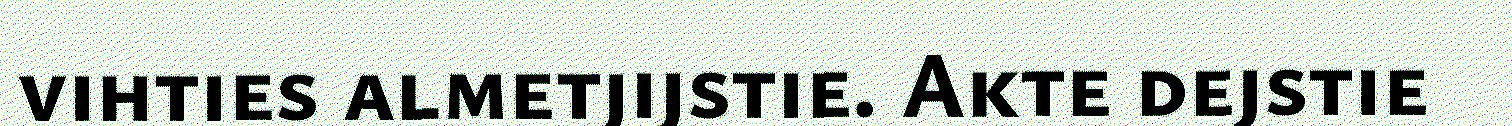
vihties almetjijstie. Akte dejstie